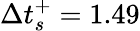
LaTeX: \Delta t_{s}^{+}=1.49